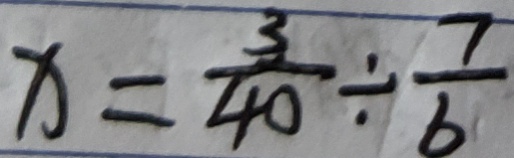
x = \frac { 3 } { 4 0 } \div \frac { 7 } { 6 }